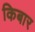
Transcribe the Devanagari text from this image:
किबार